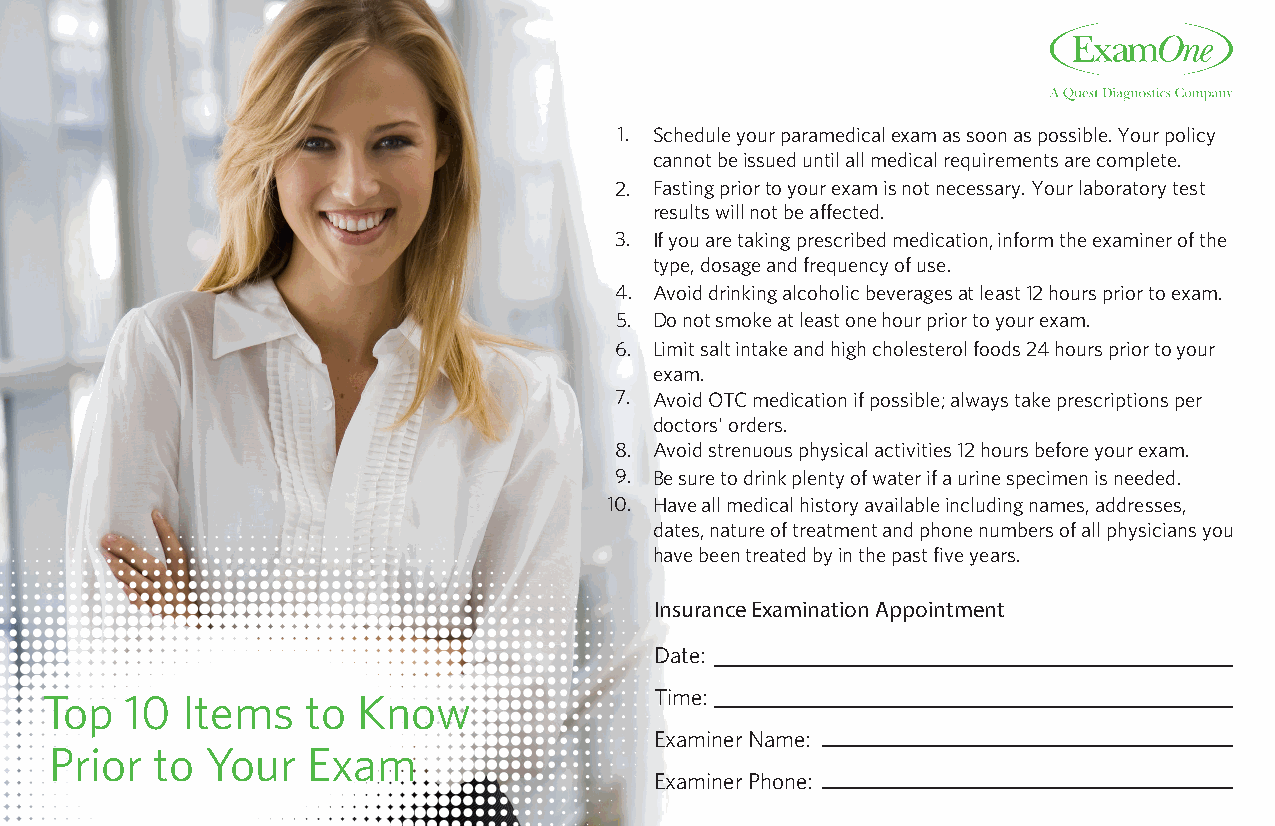
1. Schedule your paramedical exam as soon as possible. Your policy
 cannot be issued until all medical requirements are complete.
 2. Fasting prior to your exam is not necessary. Your laboratory test
 results will not be affected.
 3. If you are taking prescribed medication, inform the examiner of the
 type, dosage and frequency of use.
 4. Avoid drinking alcoholic beverages at least 12 hours prior to exam.
 5. Do not smoke at least one hour prior to your exam.
 6. Limit salt intake and high cholesterol foods 24 hours prior to your
 exam.
 7. Avoid OTC medication if possible; always take prescriptions per
 doctors' orders.
 8. Avoid strenuous physical activities 12 hours before your exam.
 9. Be sure to drink plenty of water if a urine specimen is needed.
 10. Have all medical history available including names, addresses,
 dates, nature of treatment and phone numbers of all physicians you
 have been treated by in the past five years.
 Insurance Examination Appointment
 Date:
 Top  10  Items   to  Know               Time:
 Examiner Name:
 Prior  to  Your  Exam
 Examiner Phone: